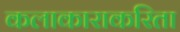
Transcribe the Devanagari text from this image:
कलाकाराकरिता